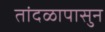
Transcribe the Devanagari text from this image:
तांदळापासुन